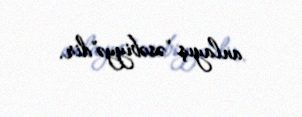
anlayış "əsəbiyyə"dir.